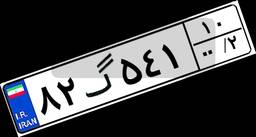
۸۲گ۵۴۱۱۰